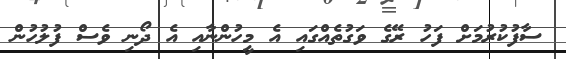
ސާފުކުރުމަށް ފަހު ރޭގެ ވަގުތެއްގައި އެ މީހުންނާއި އެ ދޯނި ވެސް ފުލުހުން